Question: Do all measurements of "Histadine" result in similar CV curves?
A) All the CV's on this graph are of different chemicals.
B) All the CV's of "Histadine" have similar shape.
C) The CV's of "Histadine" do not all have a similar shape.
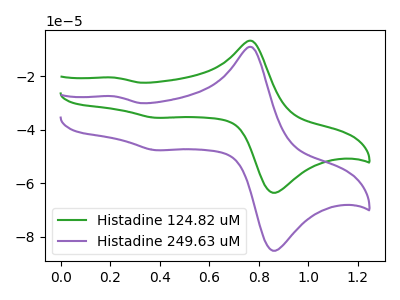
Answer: <think>The green curve "Histadine 124.82 uM" has anodic peaks at (0.75V, -6.85uA) (0.20V, -20.55uA) and cathodic peaks at (0.90V, -63.20uA) (0.40V, -35.55uA). The purple curve "Histadine 249.63 uM" has anodic peaks at (0.75V, -9.15uA) (0.20V, -27.55uA) and cathodic peaks at (0.90V, -84.75uA) (0.40V, -47.65uA).
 All the peaks in "Histadine 124.82 uM" have a peak in "Histadine 249.63 uM" at the same potential.</think>
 <answer>B) All the CV's of "Histadine" have similar shape.</answer>
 <eval>B</eval>